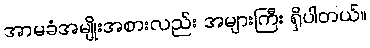
အာမခံအမျိုးအစားလည်း အများကြီး ရှိပါတယ်။